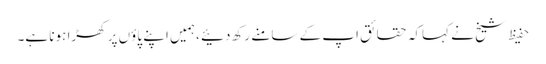
حفیظ شیخ نے کہاکہ حقائق اپ کے سامنے رکھ دئیے ،ہمیں اپنے پاؤں پر کھڑا ہونا ہے۔